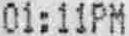
01:11PM